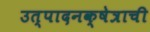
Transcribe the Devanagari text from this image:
उत्पादनक्षेत्राची